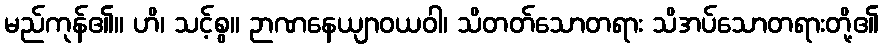
မည်ကုန်၏။ ဟိ၊ သင့်စွ။ ဉာဏနေယျာဝယဝါ၊ သိတတ်သောတရား သိအပ်သောတရားတို့၏